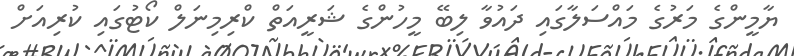
ޔާމީންގެ މަރުގެ މައްސަލާގައި ދައުވާ ލިބޭ މީހުންގެ ޝަރީއަތް ކްރިމިނަލް ކޯޓުގައި ކުރިއަށް